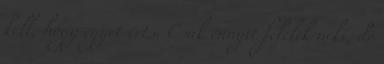
kell, hogy egyet érts. Csak ennyit felelek neki, de